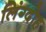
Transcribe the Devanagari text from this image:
लिंग्दोह